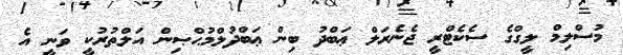
މުސްލިމް ލީގްގެ ސެކެޓްރީ ޖެނެރަލް ޢަބްދު ބިން ޢަބްދުލްމުޙްޞިން އަލްތުރުކީ ވަނީ އެ